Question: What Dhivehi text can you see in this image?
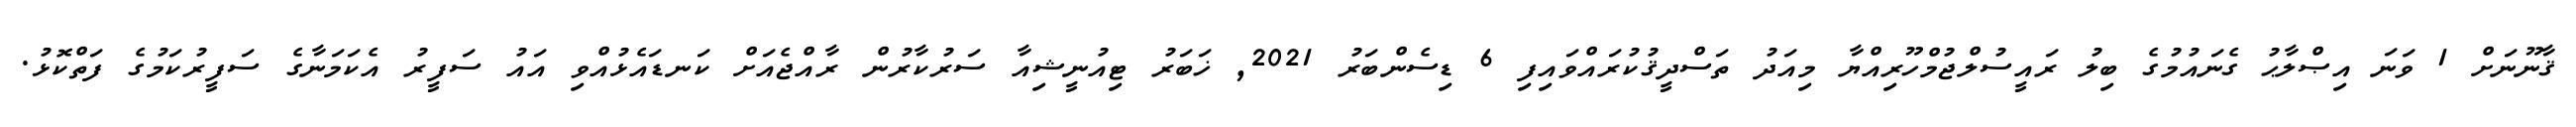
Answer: ޤާނޫނަށް 1 ވަނަ އިޞްލާޙު ގެނައުމުގެ ބިލު ރައީސުލްޖުމްހޫރިއްޔާ މިއަދު ތަސްދީޤުކުރައްވައިފި 6 ޑިސެންބަރު 2021, ޚަބަރު ޓިއުނީޝިއާ ސަރުކާރުން ރާއްޖެއަށް ކަނޑައެޅުއްވި އައު ސަފީރު އެކަމަނާގެ ސަފީރުކަމުގެ ފަތްކޮޅު.